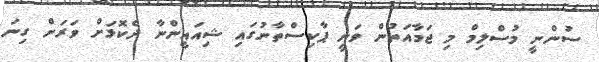
ސުންނީ މުސްލިމް މި ޖަމާއަތުން ވަނީ ޕާކިސްތާނުގައި ޝިއައީންނާ ދެކޮޅަށް ވަރަށް ގިނަ